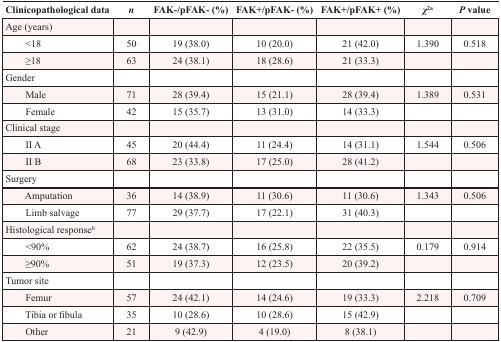
| Clinicopathological data | n | FAK-/pFAK- (%) | FAK+/pFAK- (%) | FAK+/pFAK+ (%) | χ2a | P value |
 | --- | --- | --- | --- | --- | --- | --- |
 | Age (years) |  |  |  |  |  |  |
 | <18 | 50 | 19 (38.0) | 10 (20.0) | 21 (42.0) | 1.390 | 0.518 |
 | ≥18 | 63 | 24 (38.1) | 18 (28.6) | 21 (33.3) |  |  |
 | Gender |  |  |  |  |  |  |
 | Male | 71 | 28 (39.4) | 15 (21.1) | 28 (39.4) | 1.389 | 0.531 |
 | Female | 42 | 15 (35.7) | 13 (31.0) | 14 (33.3) |  |  |
 | Clinical stage |  |  |  |  |  |  |
 | II A | 45 | 20 (44.4) | 11 (24.4) | 14 (31.1) | 1.544 | 0.506 |
 | II B | 68 | 23 (33.8) | 17 (25.0) | 28 (41.2) |  |  |
 | Surgery |  |  |  |  |  |  |
 | Amputation | 36 | 14 (38.9) | 11 (30.6) | 11 (30.6) | 1.343 | 0.506 |
 | Limb salvage | 77 | 29 (37.7) | 17 (22.1) | 31 (40.3) |  |  |
 | Histological responseb |  |  |  |  |  |  |
 | <90% | 62 | 24 (38.7) | 16 (25.8) | 22 (35.5) | 0.179 | 0.914 |
 | ≥90% | 51 | 19 (37.3) | 12 (23.5) | 20 (39.2) |  |  |
 | Tumor site |  |  |  |  |  |  |
 | Femur | 57 | 24 (42.1) | 14 (24.6) | 19 (33.3) | 2.218 | 0.709 |
 | Tibia or fibula | 35 | 10 (28.6) | 10 (28.6) | 15 (42.9) |  |  |
 | Other | 21 | 9 (42.9) | 4 (19.0) | 8 (38.1) |  |  |